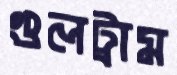
গুলট্রাম